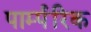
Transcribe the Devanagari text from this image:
पार्म्परिक